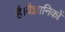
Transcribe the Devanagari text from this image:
है।वैज्ञानिकों